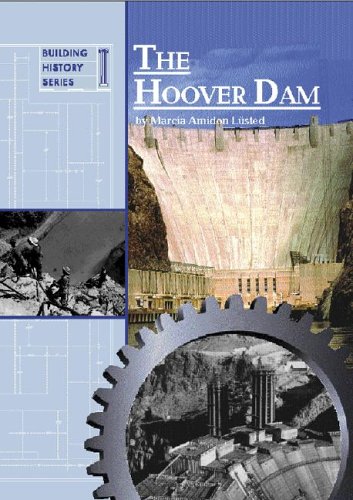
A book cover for The Hoover Dam (Building History Series); Marcia Lusted; Teen & Young Adult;